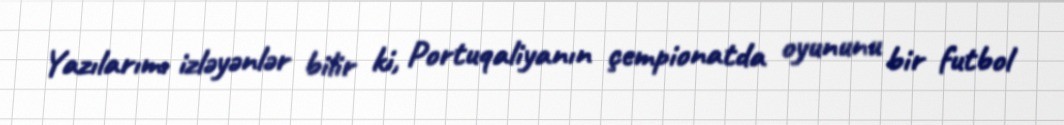
Yazılarımı izləyənlər bilir ki, Portuqaliyanın çempionatda oyununu bir futbol